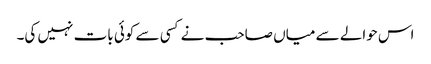
اس حوالے سے میاں صاحب نے کسی سے کوئی بات نہیں کی۔